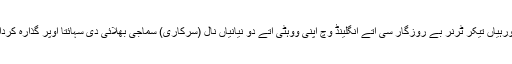
کئی ورہیاں تیکر ٹرنر بے روزگار سی اتے انگلینڈ وچ اپنی ووہٹی اتے دو نیانیاں نال (سرکاری) سماجی بٖھلائی دی سہائتا اوپر گذارہ کردا سی۔